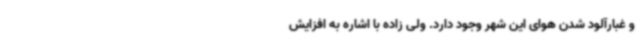
و غبارآلود شدن هوای این شهر وجود دارد. ولی زاده با اشاره به افزایش